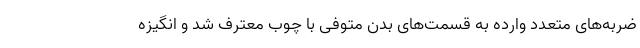
ضربه‌های متعدد وارده به قسمت‌های بدن متوفی با چوب معترف شد و انگیزه